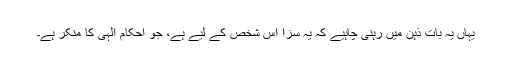
یہاں یہ بات ذہن میں رہنی چاہیے کہ یہ سزا اس شخص کے لیے ہے، جو احکام الٰہی کا منکر ہے۔